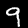
Label: 9